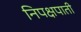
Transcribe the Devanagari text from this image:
निपक्षपाती